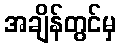
အချိန်တွင်မှ